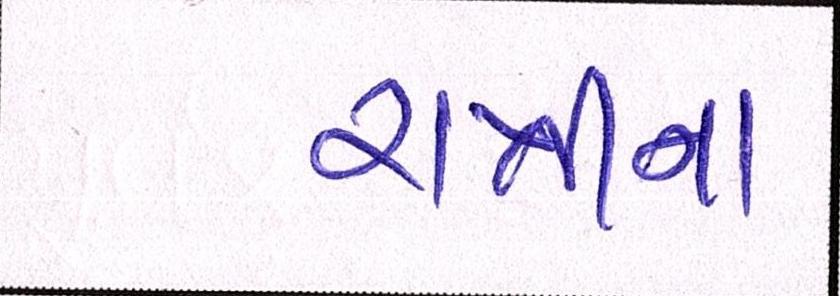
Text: રાત્રીનાં